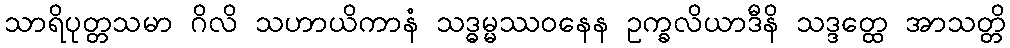
သာရိပုတ္တသမာ ဂိလိ သဟာယိကာနံ သဒ္ဓမ္မဿဝနေန ဥက္ခလိယာဒီနိ သဒ္ဒတ္ထေ အာသတ္တိ